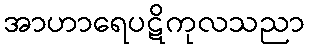
အာဟာရေပဋိကုလသညာ